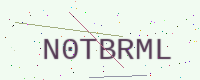
Text: N0TBRML